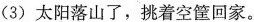
(3) 太阳落山了，挑着空筐回家。